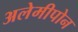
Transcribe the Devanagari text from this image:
अलेमीपोन